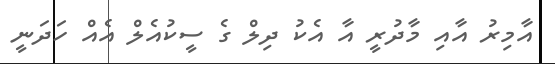
އާމިރު އާއި މާދުރީ އާ އެކު ދިލް ގެ ސީކުއެލް އެއް ހަދަނީ